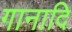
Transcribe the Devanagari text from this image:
गानादि